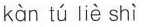
kàn tú liè shì